Report on vaccination in the Province of Bengal - 1869-1873
Year: 1869
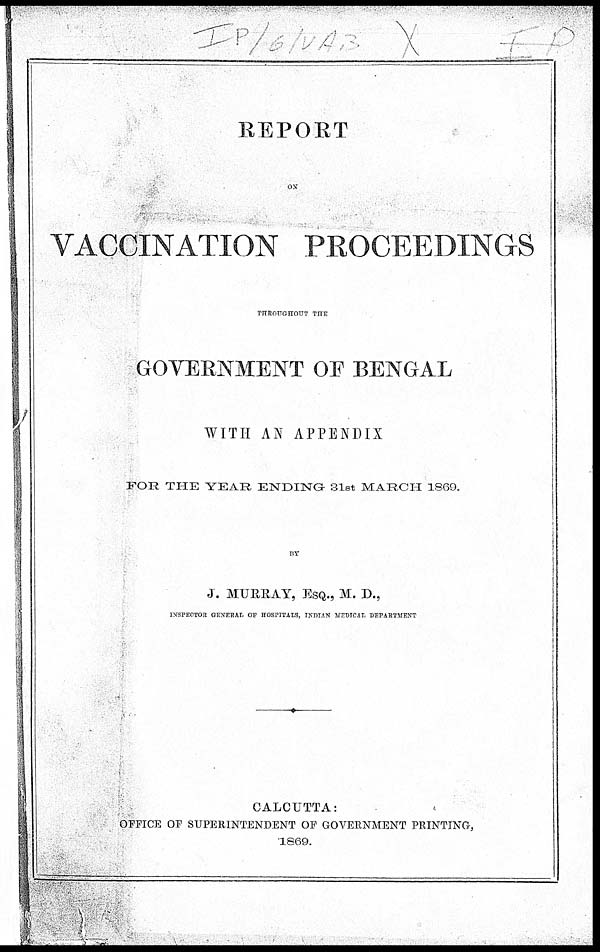
REPORT
ON
VACCINATION PROCEEDINGS
THROUGHOUT THE
GOVERNMENT OF BENGAL
WITH AN APPENDIX
FOR THE YEAR ENDING 31st MARCH 1869.
BY
J. MURRAY, ESQ., M. D.,
INSPECTOR GENERAL OF HOSPITALS, INDIAN MEDTCAL DEPARTMENT
CALCUTTA:
OFFICE OF SUPERINTENDENT OF GOVERNMENT PRINTING,
1869.